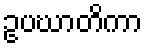
ဥပဃာတိကာ